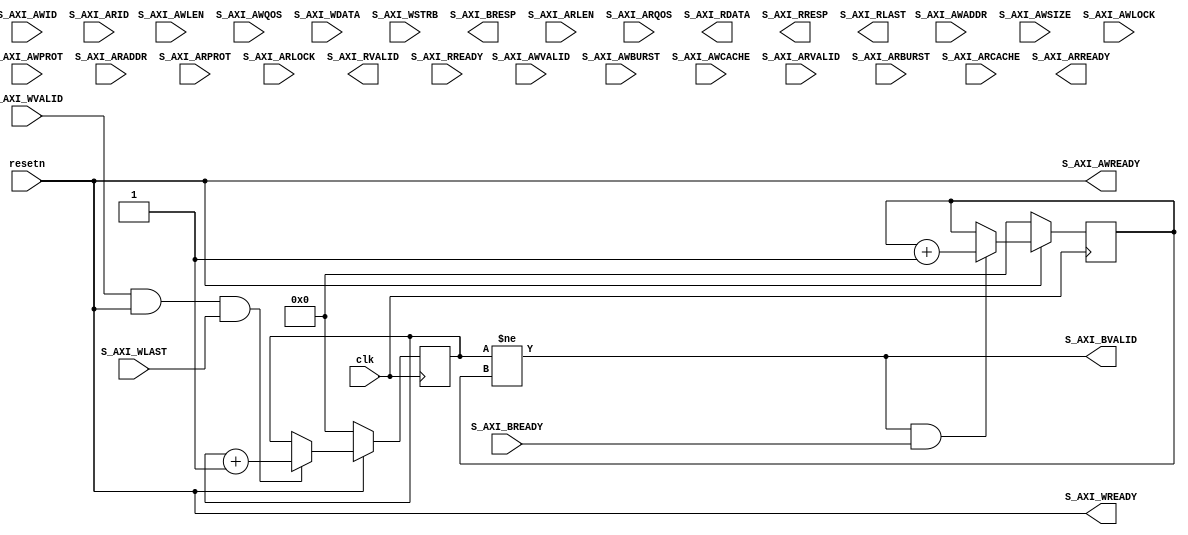
module sim_pcie # (parameter DW=512, parameter AW=64)
(
    input   clk, resetn,

    //==================  This is an AXI4-slave interface  =====================

    // "Specify write address"              -- Master --    -- Slave --
    input     [AW-1:0]                      S_AXI_AWADDR,
    input                                   S_AXI_AWVALID,
    input     [7:0]                         S_AXI_AWLEN,
    input     [2:0]                         S_AXI_AWSIZE,
    input     [3:0]                         S_AXI_AWID,
    input     [1:0]                         S_AXI_AWBURST,
    input                                   S_AXI_AWLOCK,
    input     [3:0]                         S_AXI_AWCACHE,
    input     [3:0]                         S_AXI_AWQOS,
    input     [2:0]                         S_AXI_AWPROT,
    output                                                  S_AXI_AWREADY,

    // "Write Data"                         -- Master --    -- Slave --
    input     [DW-1:0]                      S_AXI_WDATA,
    input     [(DW/8)-1:0]                  S_AXI_WSTRB,
    input                                   S_AXI_WVALID,
    input                                   S_AXI_WLAST,
    output                                                  S_AXI_WREADY,

    // "Send Write Response"                -- Master --    -- Slave --
    output[1:0]                                             S_AXI_BRESP,
    output                                                  S_AXI_BVALID,
    input                                   S_AXI_BREADY,

    // "Specify read address"               -- Master --    -- Slave --
    input     [AW-1:0]                      S_AXI_ARADDR,
    input                                   S_AXI_ARVALID,
    input     [2:0]                         S_AXI_ARPROT,
    input                                   S_AXI_ARLOCK,
    input     [3:0]                         S_AXI_ARID,
    input     [7:0]                         S_AXI_ARLEN,
    input     [1:0]                         S_AXI_ARBURST,
    input     [3:0]                         S_AXI_ARCACHE,
    input     [3:0]                         S_AXI_ARQOS,
    output                                                  S_AXI_ARREADY,

    // "Read data back to master"           -- Master --    -- Slave --
    output[DW-1:0]                                          S_AXI_RDATA,
    output                                                  S_AXI_RVALID,
    output[1:0]                                             S_AXI_RRESP,
    output                                                  S_AXI_RLAST,
    input                                   S_AXI_RREADY
    //==========================================================================

);

assign S_AXI_AWREADY = (resetn == 1);
assign S_AXI_WREADY  = (resetn == 1);

reg[31:0] packets_rcvd, packets_ackd;

always @(posedge clk) begin
    if (resetn == 0)
        packets_rcvd <= 0;
    else if (S_AXI_WVALID & S_AXI_WREADY & S_AXI_WLAST)
        packets_rcvd <= packets_rcvd + 1;
end


always @(posedge clk) begin
    if (resetn == 0) 
        packets_ackd <= 0;
    else if (S_AXI_BVALID & S_AXI_BREADY)
        packets_ackd <= packets_ackd + 1;
end

assign S_AXI_BVALID = (packets_rcvd != packets_ackd);



endmodule